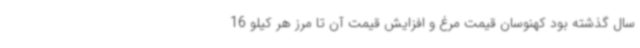
سال گذشته بود کهنوسان قیمت مرغ و افزایش قیمت آن تا مرز هر کیلو 16